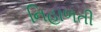
નિહાળતી